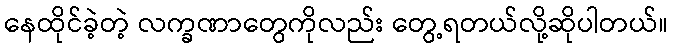
နေထိုင်ခဲ့တဲ့ လက္ခဏာတွေကိုလည်း တွေ့ရတယ်လို့ဆိုပါတယ်။